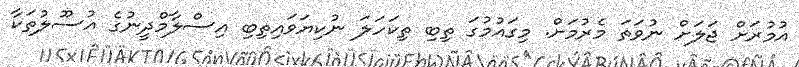
އުމުރަށް ޖަލަށް ނުވަތަ މެރުމަށް. މިގައުމުގަ ތިބި ތިކަހަލަ ނުކިޔަވައިތިބި އިސްލާމްދީނުގެ އުސޫލުތަކާ